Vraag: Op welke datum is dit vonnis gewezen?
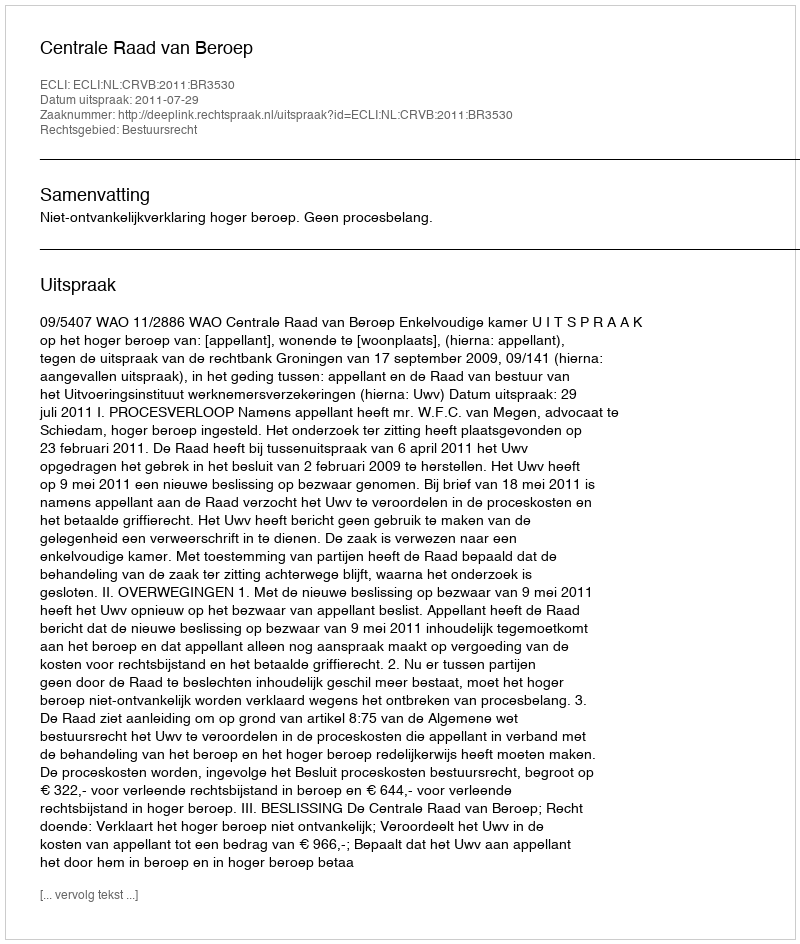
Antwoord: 2011-07-29